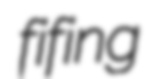
fifing